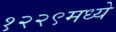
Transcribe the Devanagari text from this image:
१२२९मध्ये